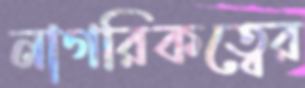
নাগরিকত্বের